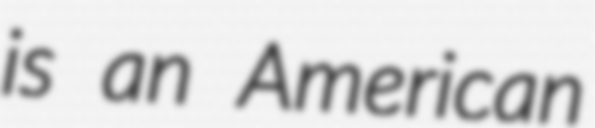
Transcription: is an American